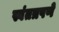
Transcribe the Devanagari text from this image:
स्वंतत्रपणे